Annual statistical returns and brief notes on vaccination in Bengal - 1909-1929
Year: 1909
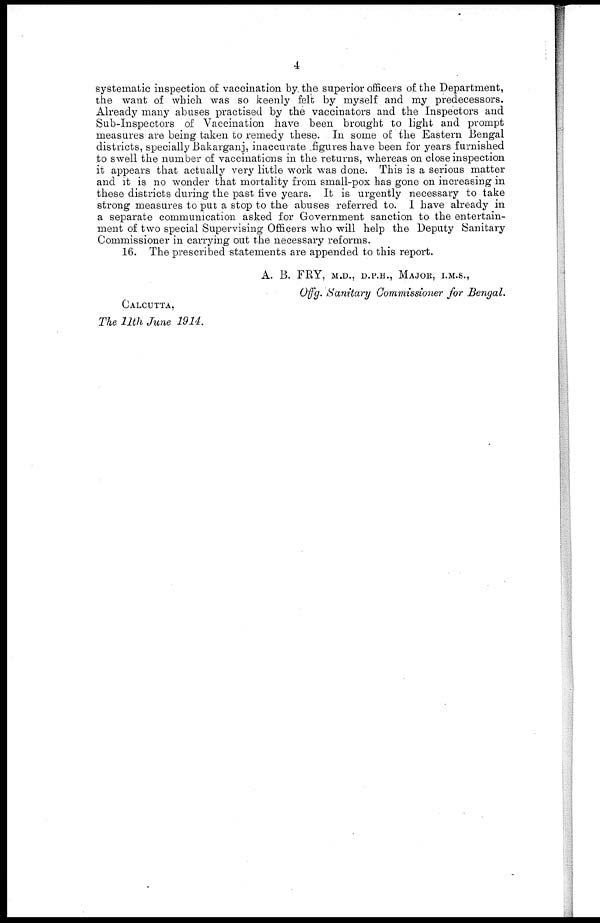
4
systematic inspection of vaccination by the superior officers of the Department,
the want of which was so keenly felt by myself and my predecessors.
Already many abuses practised by the vaccinators and the Inspectors and
Sub-Inspectors of Vaccination have been brought to light and prompt
measures are being taken to remedy these. In some of the Eastern Bengal
districts, specially Bakarganj, inaccurate figures have been for years furnished
to swell the number of vaccinations in the returns, whereas on close inspection
it appears that actually very little work was done. This is a serious matter
and it is no wonder that mortality from small-pox has gone on increasing in
these districts during the past five years. It is urgently necessary to take
strong measures to put a stop to the abuses referred to. I have already in
a separate communication asked for Government sanction to the entertain-
ment of two special Supervising Officers who will help the Deputy Sanitary
Commissioner in carrying out the necessary reforms.
16. The prescribed statements are appended to this report.
A. B. FRY, M.D., D.P.H., MAJOR, I.M.S.,
Offg. Sanitary Commissioner for Bengal.
CALCUTTA,
The 11th June 1914.